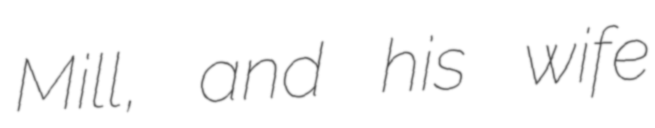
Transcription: Mill, and his wife